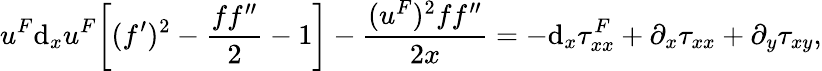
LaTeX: u^{F}\textrm{d}_{x}u^{F}\biggl[(f^{\prime})^{2}-\frac{ff^{\prime\prime}}{2}-1\biggr]-\frac{(u^{F})^{2}ff^{\prime\prime}}{2x}=-\textrm{d}_{x}\tau_{xx}^{F}+\partial_{x}\tau_{xx}+\partial_{y}\tau_{xy},